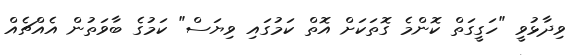
ވިދާޅުވީ "ހަގީގަތް ކޮންމެ ގޮތަކަށް އޮތް ކަމުގައި ވިޔަސް" ކަމުގެ ބާވަތުން އެއްޗެއް